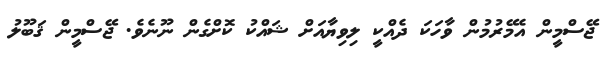
ޖޭސްމީން އެމޭރުމުން ވާހަކަ ދެއްކީ ލިވިޔާއަށް ޝައްކު ކޮށްގެން ނޫނެވެ. ޖޭސްމީން ޤަބޫލު